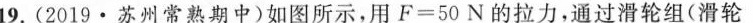
19.(2019·苏州常熟期中)如图所示，用$$F=50N$$的拉力，通过滑轮组(滑轮